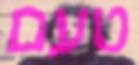
טעם